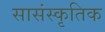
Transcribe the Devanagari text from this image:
सासंस्कृतिक